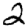
Digit: 2